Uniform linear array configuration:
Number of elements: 48
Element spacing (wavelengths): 0.5
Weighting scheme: hamming
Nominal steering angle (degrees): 15
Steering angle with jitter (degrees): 13.964
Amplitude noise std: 0.05
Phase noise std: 0.05

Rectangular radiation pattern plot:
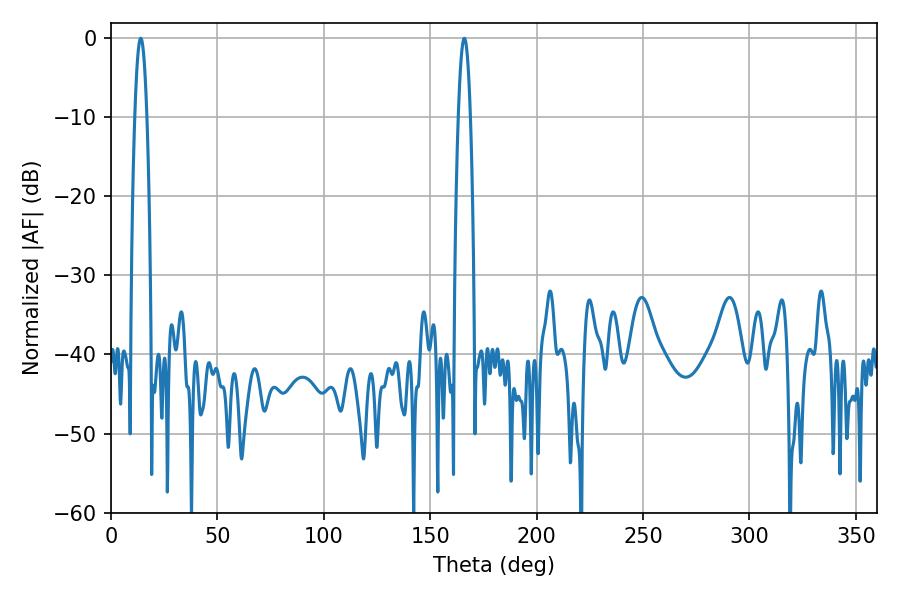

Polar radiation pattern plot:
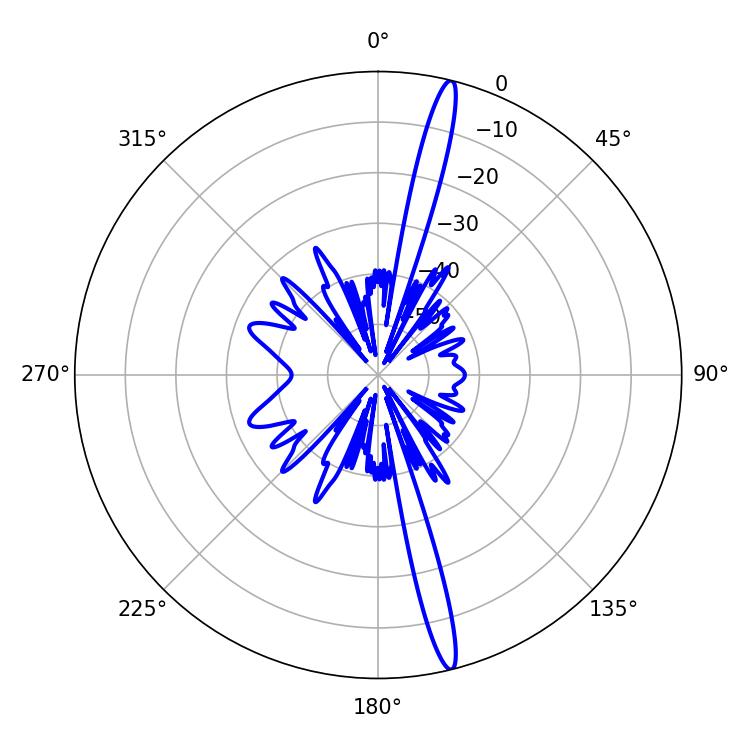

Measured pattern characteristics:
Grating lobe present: FALSE
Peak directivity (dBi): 18.466
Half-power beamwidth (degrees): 3.06
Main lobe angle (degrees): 14.04